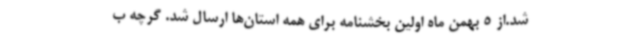
شد.از 5 بهمن ماه اولین بخشنامه برای همه استان‌ها ارسال شد. گرچه ب